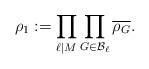
LaTeX: \begin{align*}\rho_1:=\prod_{\ell\mid M} \prod_{G\in \mathcal{B}_{\ell}} \overline{\rho_G}.\end{align*}